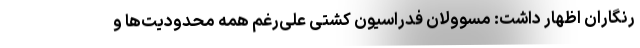
رنگاران اظهار داشت: مسوولان فدراسیون کشتی علی‌رغم همه محدودیت‌ها و